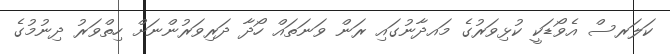
ކަލަރސް އެވޯޑަކީ ކުޅިވަރުގެ މައދާނުގައި ރަން ވަނަތައް ހޯދާ ދަރިވަރުންނަށް ހިތްވަރު ދިނުމުގެ